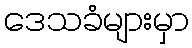
ဒေသခံများမှာ